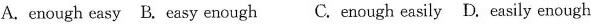
A.enough easy B.easy enough C.enough easily D.easily enough